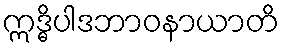
ဣဒ္ဓိပါဒဘာဝနာယာတိ